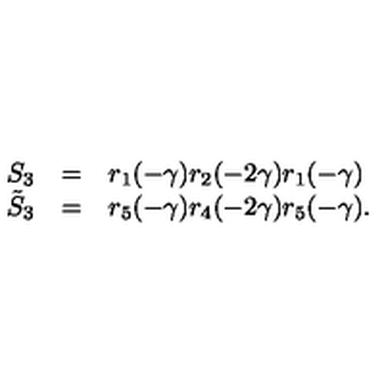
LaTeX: \begin{array} { r c l } { S _ { 3 } } & { = } & { r _ { 1 } ( - \gamma ) r _ { 2 } ( - 2 \gamma ) r _ { 1 } ( - \gamma ) } \\ { \tilde { S } _ { 3 } } & { = } & { r _ { 5 } ( - \gamma ) r _ { 4 } ( - 2 \gamma ) r _ { 5 } ( - \gamma ) . } \\ \end{array}